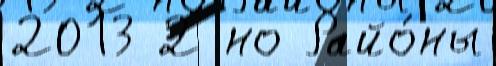
2013 2 но Райо́ны